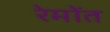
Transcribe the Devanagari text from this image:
रेमोंत